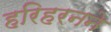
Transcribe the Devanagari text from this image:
हरिहरनने